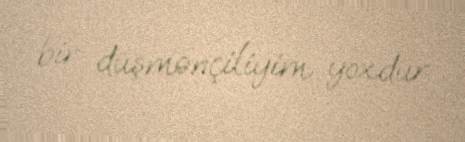
bir düşmənçiliyim yoxdur.